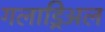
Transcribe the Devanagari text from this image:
गलाड्रिअल